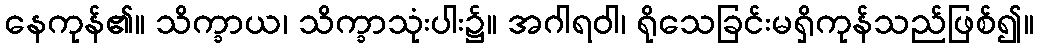
နေကုန်၏။ သိက္ခာယ၊ သိက္ခာသုံးပါး၌။ အဂါရဝါ၊ ရိုသေခြင်းမရှိကုန်သည်ဖြစ်၍။